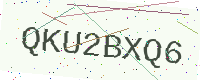
Text: QKU2BXQ6